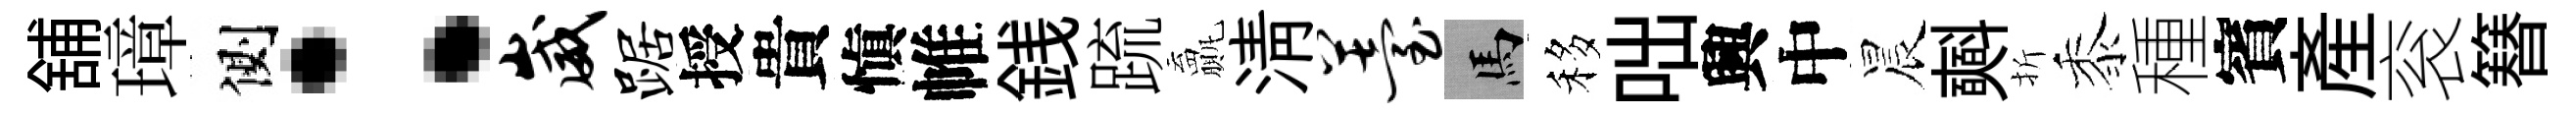
舖璋側：崴踞授貴愼帷銭䟽贏清薹馬移咄興中晨𣂏折黍種賓産衮簮